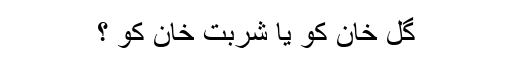
گل خان کو یا شربت خان کو ؟